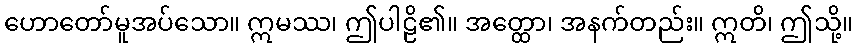
ဟောတော်မူအပ်သော။ ဣမဿ၊ ဤပါဠိ၏။ အတ္ထော၊ အနက်တည်း။ ဣတိ၊ ဤသို့။